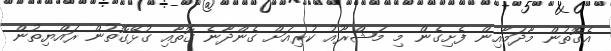
އެގޮތުން މާދަމާއިން ފެށިގެން މި މަޝްރޫއު ކުރިއަށް ގެންދާނެ ގޮތާއި ގުޅޭގޮތުން ރައްޔިތުން